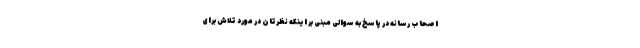
اصحاب رسانه در پاسخ به سوالی مبنی بر اینکه نظرتان در مورد تلاش برای